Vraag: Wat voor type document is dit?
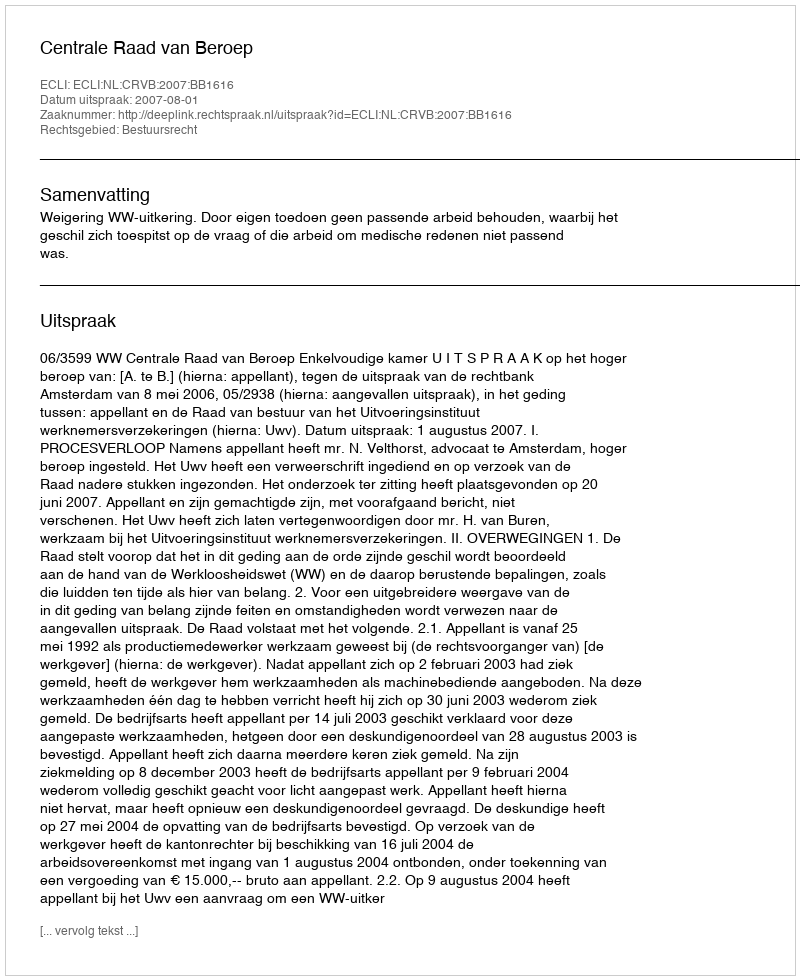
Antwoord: Uitspraak